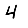
Digit: 4